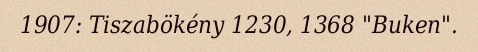
1907: Tiszabökény 1230, 1368 "Buken".